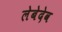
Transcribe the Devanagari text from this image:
लेबेदेव